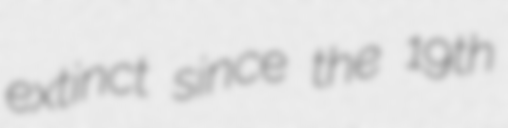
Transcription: extinct since the 19th